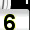
Digit: 6